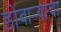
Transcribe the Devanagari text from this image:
डोंबार्‍याचा